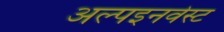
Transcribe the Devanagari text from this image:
अल्पइनवेस्ट